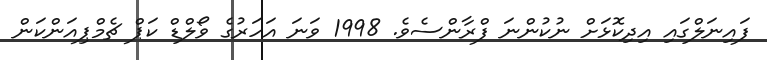
ފައިނަލްގައި އިދިކޮޅަށް ނުކުންނަ ފްރާންސެވެ. 1998 ވަނަ އަހަރުގެ ވޯލްޑް ކަޕް ޗެމްޕިއަންކަން